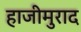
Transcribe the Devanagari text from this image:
हाजीमुराद